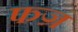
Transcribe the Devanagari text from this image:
फज्र